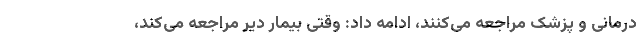
درمانی و پزشک مراجعه می‌کنند، ادامه داد: وقتی بیمار دیر مراجعه می‌کند،